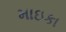
માઇકા